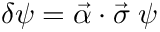
\delta \psi = \vec { \alpha } \cdot \vec { \sigma } \; \psi